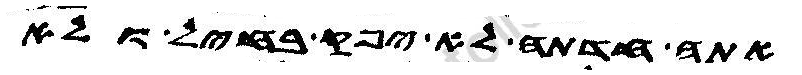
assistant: אתה חדתה לא יפק בחיל ולא